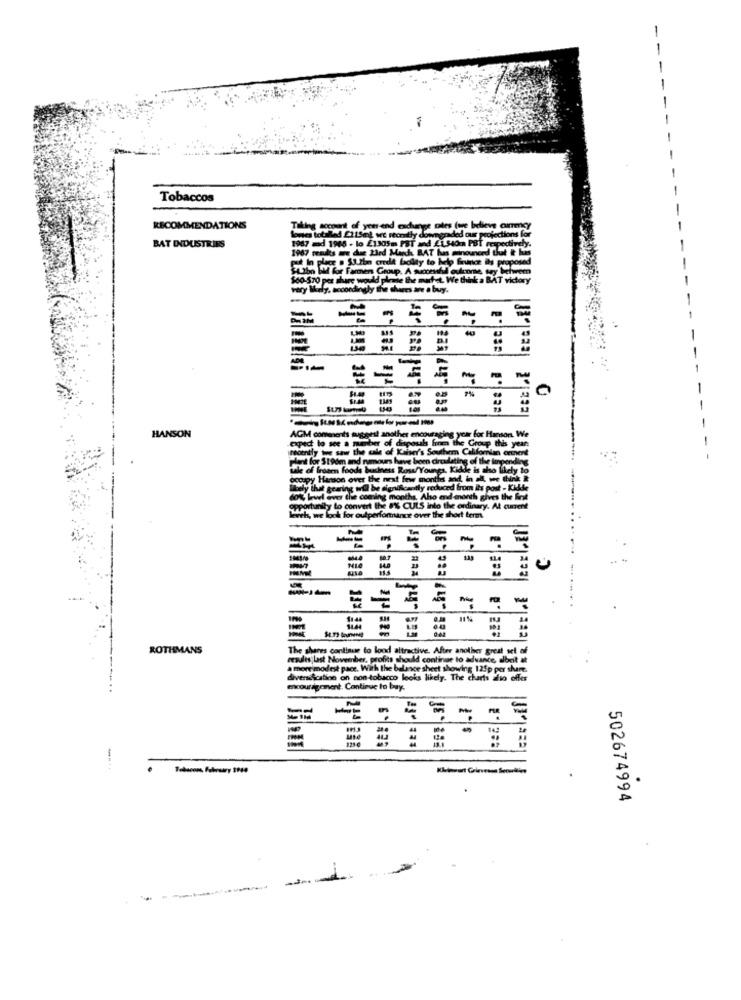
-
-
-
Tobaccos
RECOMMENDATIONS
e cales
1987 ad 1966 - lo £1305m. PST and £1540m P
BAT INDUSTRIES
1967 mendes are due 23rd March BAT has minou
ALton bal for Farmers Group. A successfull oudenn
$60-570 per share would please the surfet. We their
tory
very likely, accordingly the shares are a buy.
-
-
-
0
HANSON
AGM comments suggest another encouraging yar for Hanson. We
expect to see a member of dispouls from the Group this year:
irecently tue saw the sale of Kaiser's Southern Californian coment
plant for $196m and rumours have been circulating of the impending
sale of froeen foods business Ross/Youngs. Kidde is sho likely to
occupy Hansson over the next few monties
Wtely that gearing will be significantly reduced from its post - Kidkde
dok level wver the coming months, Aho and month gives the fint
opportunity to convert the 8% CULS into the ordinary. At current
th, we look for outperformance over the short term.
leszlat leczl.Er
== == = = = =
--
= = = =
$14
11%
ROTHMANS
The shares continue to lood attractive. After another great set of
results last November, profits should continue to advance, albeit it
a more modest pace. With the balance sheet showthe 125
diversification on non-tobacco looks likely. The charts to offer
encouragement. Continue to buy.
==== = ==
--
-
.
502674994
-